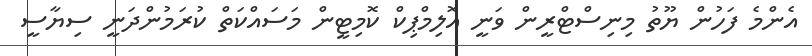
އެންމެ ފަހުން ޔޫތު މިނިސްޓްރީން ވަނީ އޮލިމްޕިކް ކޮމިޓީން މަސައްކަތް ކުރަމުންދަނީ ސިޔާސީ